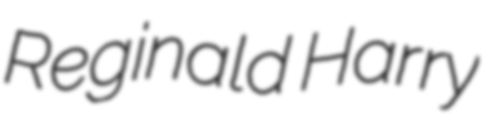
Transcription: Reginald Harry